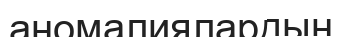
аномалиялардың